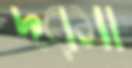
দরমা